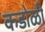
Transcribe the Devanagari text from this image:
कडोळी